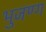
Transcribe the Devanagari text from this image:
भुजण्ग